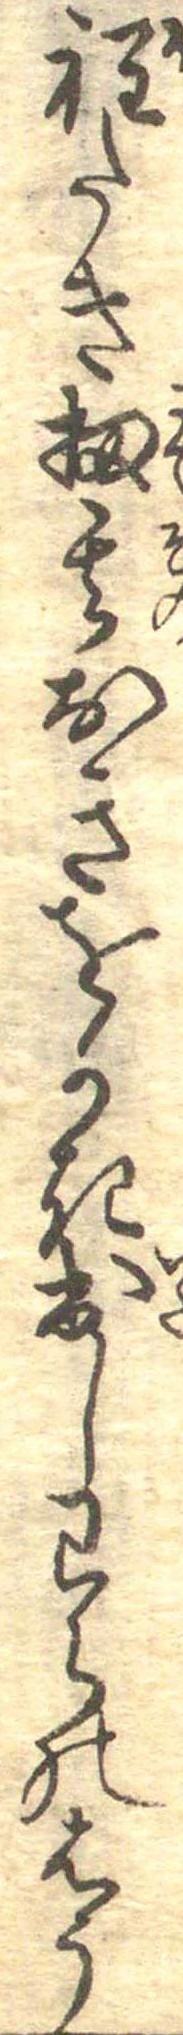
程たき扨其おきをかき出しわらのはう